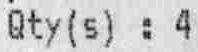
QTY(S) : 4